画像に写った文字を読んでください
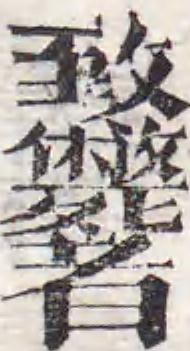
「致斃者」と書いてあります